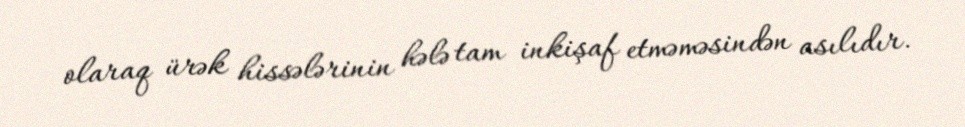
olaraq ürək hissələrinin hələ tam inkişaf etməməsindən asılıdır.